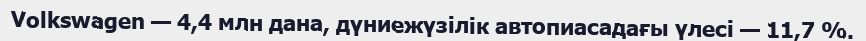
Volkswagen — 4,4 млн дана, дүниежүзілік автопиасадағы үлесі — 11,7 %.